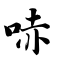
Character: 哧